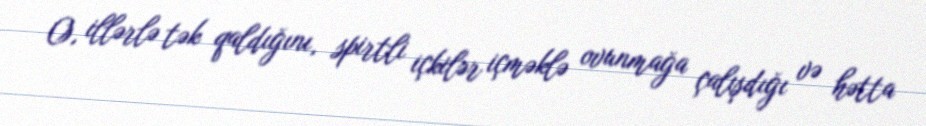
O, illərlə tək qaldığını, spirtli içkilər içməklə ovunmağa çalışdığı və hətta